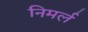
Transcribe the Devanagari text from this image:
निमर्ल